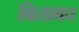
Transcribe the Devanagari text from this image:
बिताका